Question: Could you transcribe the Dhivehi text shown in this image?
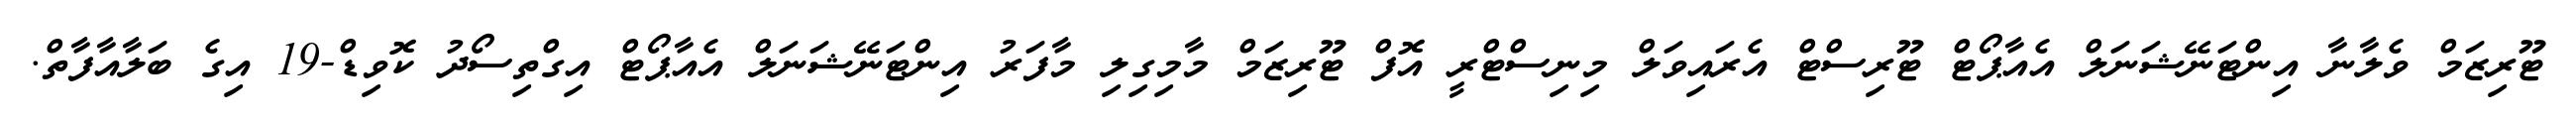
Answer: ޓޫރިޒަމް ވެލާނާ އިންޓަނޭޝަނަލް އެއާޕޯޓް ޓޫރިސްޓް އެރައިވަލް މިނިސްޓްރީ އޮފް ޓޫރިޒަމް މާމިގިލި މާފަރު އިންޓަނޭޝަނަލް އެއާޕޯޓް އިގްތިސޯދު ކޮވިޑް-19 އިގެ ބަލާއާފާތް.